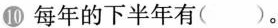
10每年的下半年有( )。